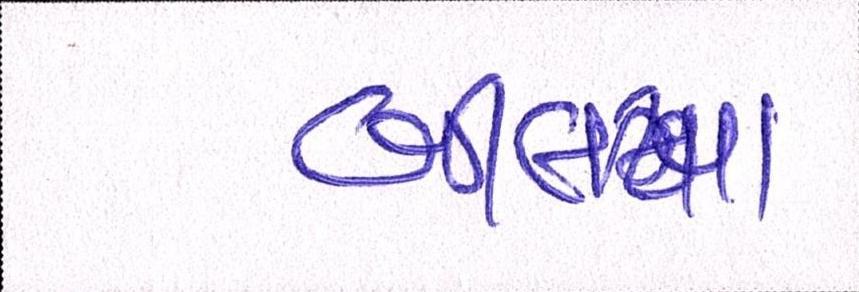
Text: બીલખા